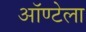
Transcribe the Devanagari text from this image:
ऑण्टेला